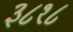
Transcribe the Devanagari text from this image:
३८१८